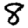
Digit: 8